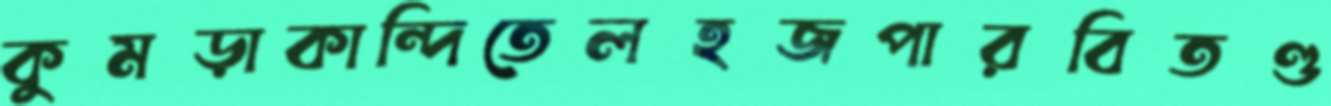
কুমড়াকান্দিতেলহজপারবিতণ্ড